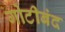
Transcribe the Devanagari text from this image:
गोटीबंद